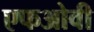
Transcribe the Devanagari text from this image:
एफओवी